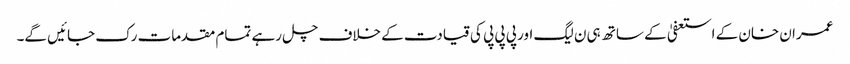
عمران خان کے استعفیٰ کے ساتھ ہی ن لیگ اور پی پی پی کی قیادت کے خلاف چل رہے تمام مقدمات رک جائیں گے۔